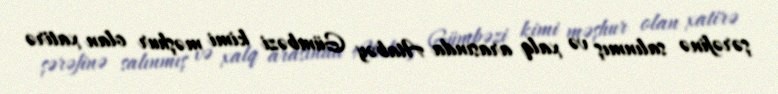
şərəfinə salınmış və xalq arasında Atabəy Gümbəzi kimi məşhur olan xatirə